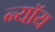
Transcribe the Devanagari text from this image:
न्यॉय